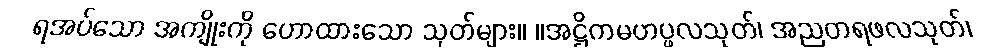
ရအပ်သော အကျိုးကို ဟောထားသော သုတ်များ။ ။အဋ္ဌိကမဟပ္ဖလသုတ်၊ အညတရဖလသုတ်၊